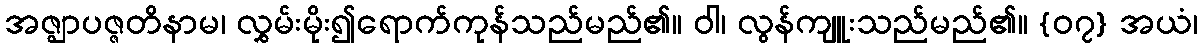
အဇ္ဈာပဇ္ဇတိနာမ၊ လွှမ်းမိုး၍ရောက်ကုန်သည်မည်၏။ ဝါ၊ လွန်ကျူးသည်မည်၏။ {၀၇} အယံ၊